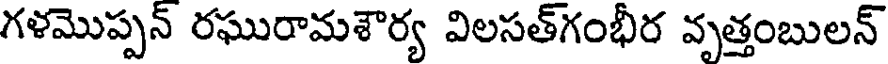
గళమొప్పన్ రఘురామశౌర్య విలసత్గంభీర వృత్తంబులన్